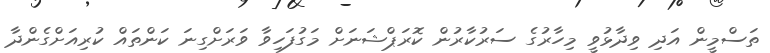
ތަސްމީން އަދި ވިދާޅުވީ މިހާރުގެ ސަރުކާރުން ކޮރަޕްޝަނަށް މަގުފަހިވާ ވަރަށްގިނަ ކަންތައް ކުރިއަށްގެންދާ